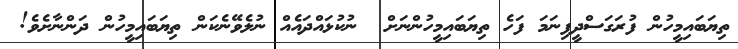
ތިޔަބައިމީހުން ފުރަގަސްދީފިނަމަ ފަހެ ތިޔަބައިމީހުންނަށް  ނުކުޅައްދައެއް ނުލެވޭނެކަން ތިޔަބައިމީހުން ދަންނާށެވެ!